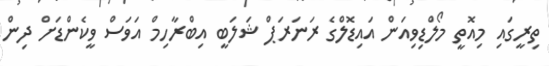
ތިރީގައި މިއޮތީ މޯލްޑިވިއަން އައިޑޮލްގެ ރަނަރަޕް ޝަލަބީ އިބްރާހިމް އަވަސް ވީކެންޑަށް ދިން